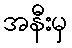
အနီးမှ